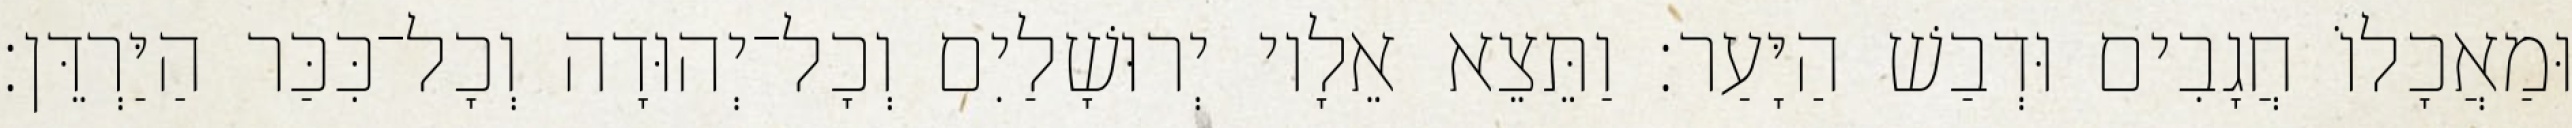
וּמַאֲכָלוֹ חֲגָבִים וּדְבַשׁ הַיָּעַר׃ וַתֵּצֵא אֵלָיו יְרוּשָׁלַיִם וְכָל־יְהוּדָה וְכָל־כִּכַּר הַיַּרְדֵּן׃